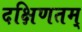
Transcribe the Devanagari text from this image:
दक्षिणतम्